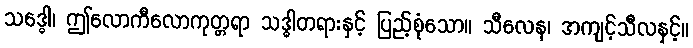
သဒ္ဓေါ၊ ဤလောကီလောကုတ္တရာ သဒ္ဓါတရားနှင့် ပြည့်စုံသော။ သီလေန၊ အကျင့်သီလနှင့်။